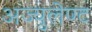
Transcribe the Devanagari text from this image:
अज्युलेण्ट